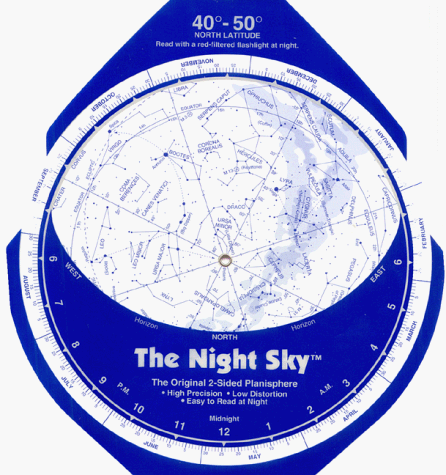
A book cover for The Night Sky 40Â°-50Â° (Large) Star Finder; David S. Chandler; Science & Math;